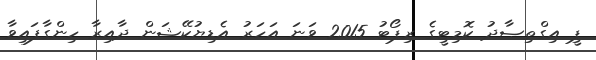
ޕީ އިގްތިޞާދު ކޮމިޓީގެ ރިޕޯޓު 2015 ވަނަ އަހަރު އެޑިޔުކޭޝަން ދާއިރާ ހިންގާފައިވާ